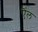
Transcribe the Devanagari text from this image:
ऎंल